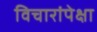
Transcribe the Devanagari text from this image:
विचारांपेक्षा